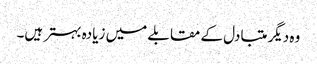
وہ دیگر متبادل کے مقابلے میں زیادہ بہتر ہیں۔